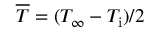
{ \overline { T } } = ( T _ { \infty } - T _ { \mathrm { i } } ) / 2